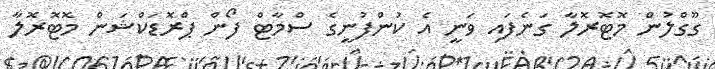
ގޫގްލުން މޮޓޮރޮލާ ގަނެފައި ވަނީ އެ ކުންފުނީގެ ސްމާޓް ފޯން ޕްރޮޑަކްޝަން މޮޓޮރޮލާ